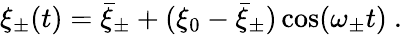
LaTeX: \xi_{\pm}(t)=\bar{\xi}_{\pm}+(\xi_{0}-\bar{\xi}_{\pm})\cos(\omega_{\pm}t)\ .